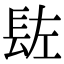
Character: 䦈